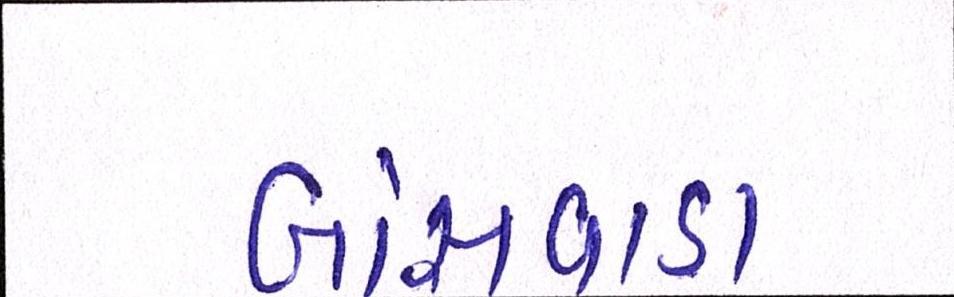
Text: બાંસવાડા